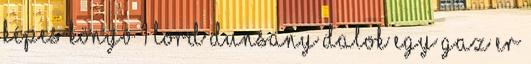
KÉPES KÖNYV 1 Lord Dunsany DALOK EGY GAZ ER